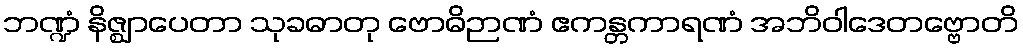
ဘဏ္ဍံ နိဇ္ဈာပေတာ သုခဓာတု ဗောဓိဉာဏံ ဧကန္တကာရဏံ အဘိဝါဒေတဗ္ဗောတိ